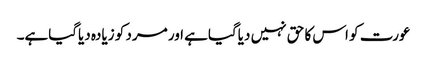
عورت کو اس کا حق نہیں دیاگیاہے اور مرد کو زیادہ دیاگیاہے۔